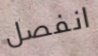
انفصل